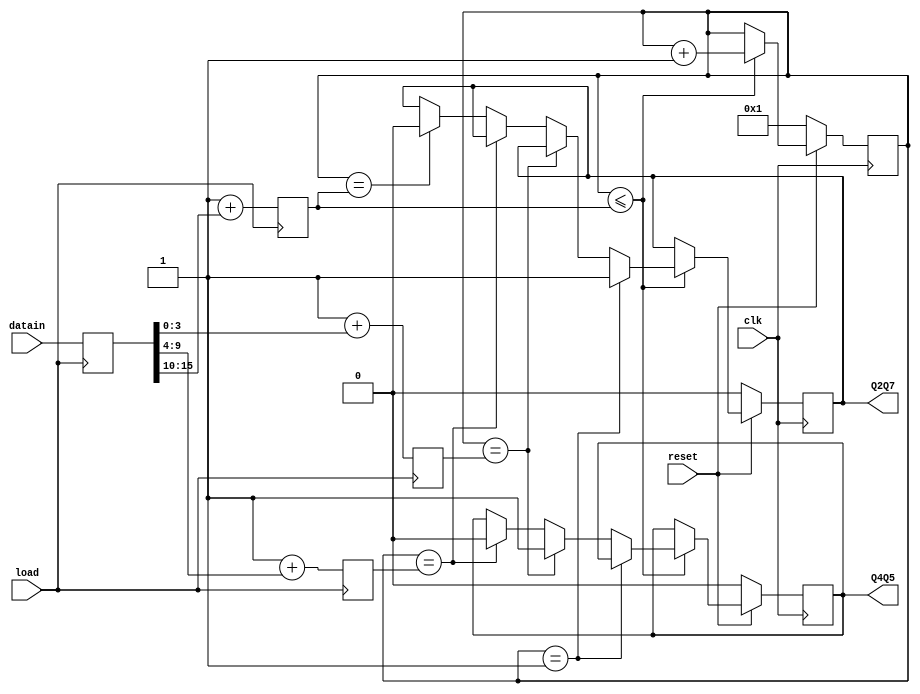
// Q27_Q45.v

module Q27_Q45(
               reset,
               datain,
               load,
               clk,
               Q2Q7,
               Q4Q5
               );
input clk;
input reset;
input [15:0] datain;
input load;

output Q2Q7;
output Q4Q5;

reg Q2Q7;
reg Q4Q5;
reg [4:0] count;  
reg [15:0] widthdata;
reg [3:0] data1;
reg [5:0] data2;
reg [5:0] data3;

always @ (posedge load)
    begin
          widthdata <= datain;
          data1 <= 1+ widthdata[3:0];
          data2 <= 1+ widthdata[9:4];
          data3 <= 1+ widthdata[15:10];
    end


always @ (posedge clk)
    begin
         if(!reset)
             begin
                   count <= 1;
                   Q2Q7 <= 0;
                   Q4Q5 <= 0;
             end
         else 
             begin
                   
                   if(count<=data3)
                     begin
                           case(count)
                                    1:
                                      begin
                                           Q2Q7 <= 1;
                                           count<= count+1;
                                      end
                                    data1:
                                      begin
                                           Q4Q5 <= 1;
                                           count<= count+1;
                                      end
                                    data2:
                                      begin
                                           Q4Q5 <= 0;
                                           count<= count+1;
                                      end
                                    data3:
                                      begin
                                           Q2Q7 <= 0;
                                           count<= count+1;
                                      end
                                    default:
                                      begin
                                           count<= count+1;
                                      end
                           endcase
                     end
                   
             end
    end

endmodule